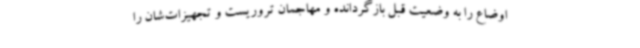
اوضاع را به وضعیت قبل بازگردانده و مهاجمان تروریست و تجهیزات‌شان را